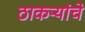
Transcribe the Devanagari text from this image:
ठाकऱ्यांचे